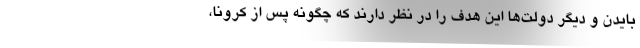
بایدن و دیگر دولت‌ها این هدف را در نظر دارند که چگونه پس از کرونا،